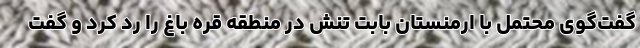
گفت‌گوی محتمل با ارمنستان بابت تنش در منطقه قره باغ را رد کرد و گفت